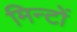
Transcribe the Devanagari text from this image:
मिन्टों